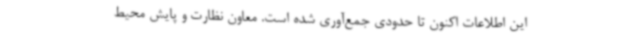
این اطلاعات اکنون تا حدودی جمع‌آوری شده است. معاون نظارت و پایش محیط